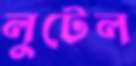
লুটেল